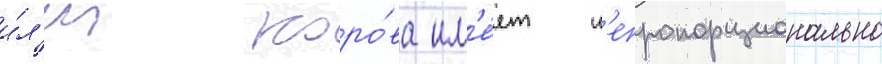
и́л'и коро́ва им'е́ет н'епропорционально